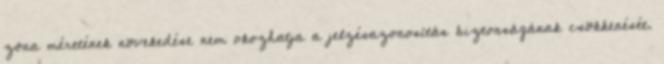
zóna méretének növekedése nem okozhatja a jelzésazonosítás biztonságának csökkenését.